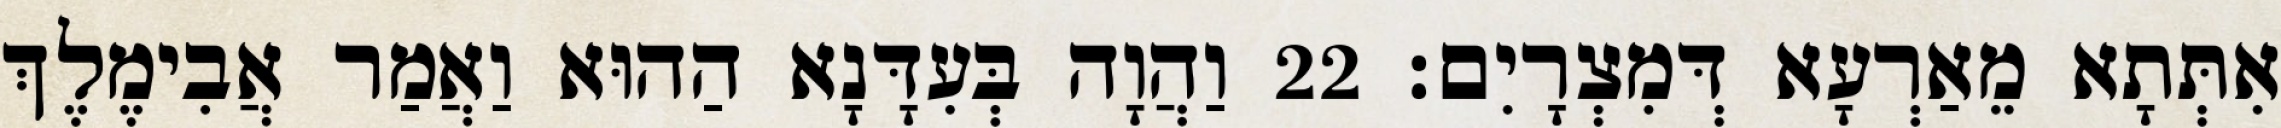
אִתְּתָא מֵאַרְעָא דְּמִצְרָיִם׃ 22 וַהֲוָה בְּעִדָּנָא הַהוּא וַאֲמַר אֲבִימֶלֶךְ